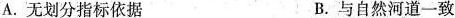
A.无划分指标依据 B.与自然河道一致